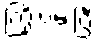
ကြိုးပမ်းပြီး